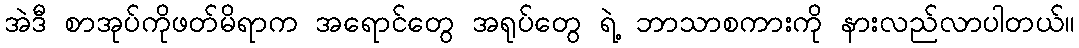
အဲဒီ စာအုပ်ကိုဖတ်မိရာက အရောင်တွေ အရုပ်တွေ ရဲ့ ဘာသာစကားကို နားလည်လာပါတယ်။